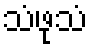
သံဖုသံ